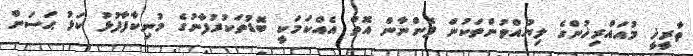
ތާރީޚީ މުއައްރިޚުންގެ ލިޔުއްވުންތަކުން ފެންނާން އޮތް އެއްކަމަކީ ބޮޑުތަކުރުފާނުގެ މުނިކާފާފުޅު ކަޅު ޙަސަން